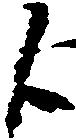
候